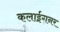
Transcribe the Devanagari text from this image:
कलाईगनर